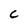
Character: C